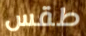
طقس